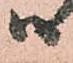
ハ